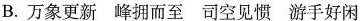
B.万象更新 峰拥而至 司空见惯 游手好闲